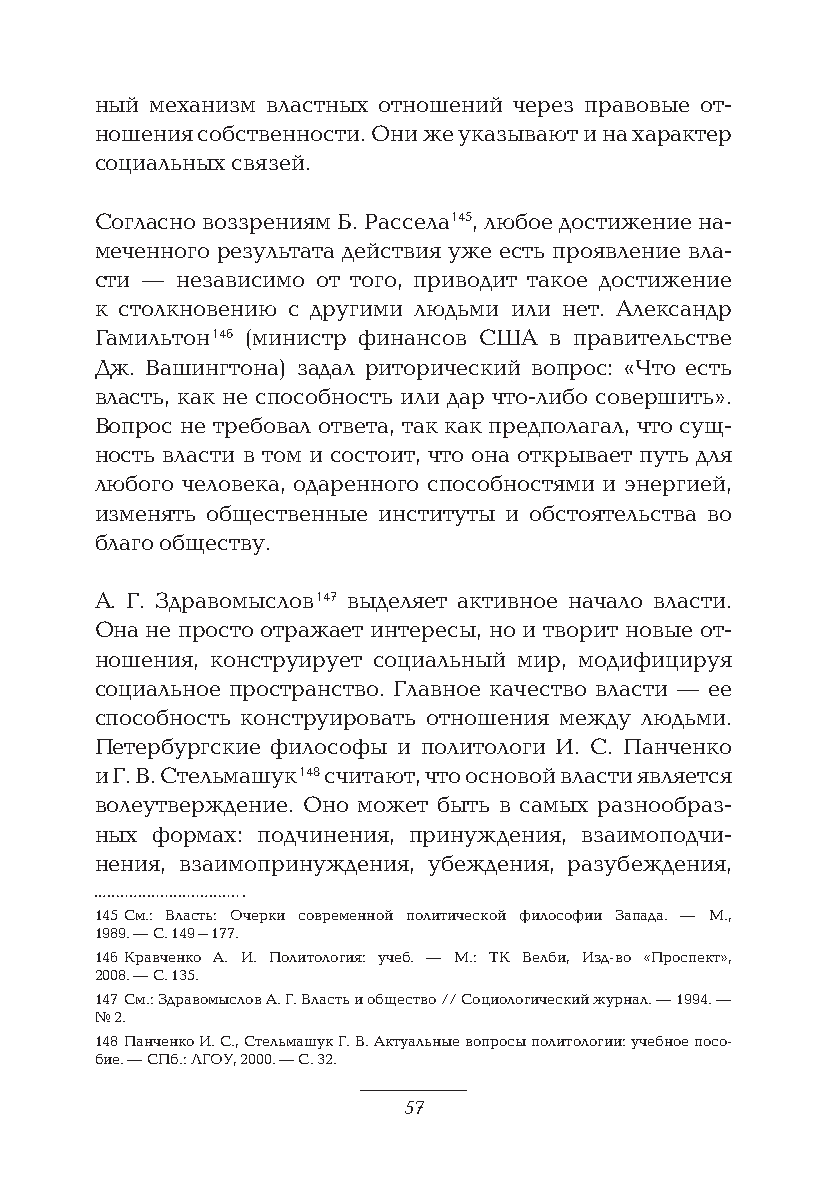
ный механизм властных отношений через правовые от-
 ношения собственности. Они же указывают и на характер
 социальных связей.
 Согласно воззрениям Б. Рассела 145, любое достижение на-
 меченного результата действия уже есть проявление вла-
 сти — независимо от того, приводит такое достижение
 к столкновению с другими людьми или нет. Александр
 Гамильтон 146 (министр финансов США в правительстве
 Дж. Вашингтона) задал риторический вопрос: «Что есть
 власть, как не способность или дар что-либо совершить».
 Вопрос не требовал ответа, так как предполагал, что сущ-
 ность власти в том и состоит, что она открывает путь для
 любого человека, одаренного способностями и энергией,
 изменять общественные институты и обстоятельства во
 благо обществу.
 А. Г. Здравомыслов 147 выделяет активное начало власти.
 Она не просто отражает интересы, но и творит новые от-
 ношения, конструирует социальный мир, модифицируя
 социальное пространство. Главное качество власти — ее
 способность конструировать отношения между людьми.
 Петербургские философы и политологи И. С. Панченко
 и Г. В. Стельмашук 148 считают, что основой власти является
 волеутверждение. Оно может быть в самых разнообраз-
 ных формах: подчинения, принуждения, взаимоподчи-
 нения, взаимопринуждения, убеждения, разубеждения,
 145 См.: Власть: Очерки современной политической философии Запада. — М.,
 1989. — С. 149–177.
 146 Кравченко А. И. Политология: учеб. — М.: ТК Велби, Изд-во «Проспект»,
 2008. — С. 135.
 147 См.: Здравомыслов А. Г. Власть и общество // Социологический журнал. — 1994. —
 № 2.
 148 Панченко И. С., Стельмашук Г. В. Актуальные вопросы политологии: учебное посо-
 бие. — СПб.: ЛГОУ, 2000. — С. 32.
 57